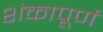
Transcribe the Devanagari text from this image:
शंकापूर्ण